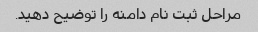
مراحل ثبت نام دامنه را توضیح دهید.